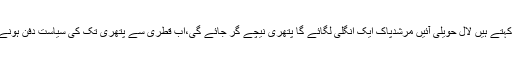
یہ پتھری کا کہتے ہیں لال حویلی آئیں مرشدپاک ایک انگلی لگائے گا پتھری نیچے گر جائے گی،اب قطری سے پتھری تک کی سیاست دفن ہونے جارہی ہے ۔